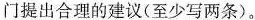
门提出合理的建议(至少写两条)。